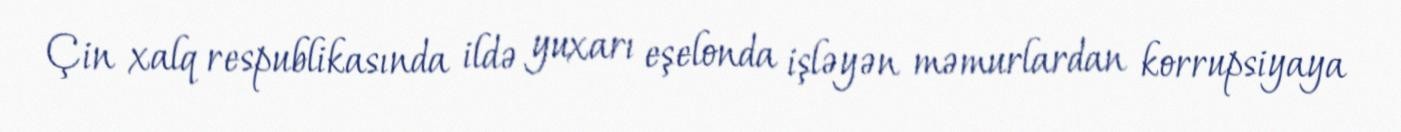
Çin xalq respublikasında ildə yuxarı eşelonda işləyən məmurlardan korrupsiyaya